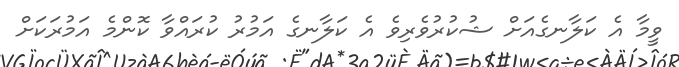
ވީމާ އެ ކަލާނގެއަށް ޝުކުރުވެރިވެ އެ ކަލާނގެ އަމުރު ކުރައްވާ ކޮންމެ އަމުރަކަށް